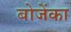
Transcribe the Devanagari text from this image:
बोजेंका